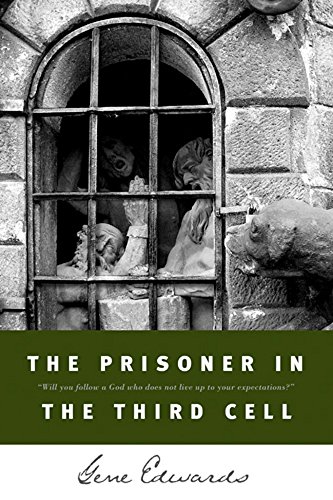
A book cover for The Prisoner in the Third Cell; Gene Edwards; Christian Books & Bibles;